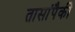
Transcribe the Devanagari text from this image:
तासांपैकी